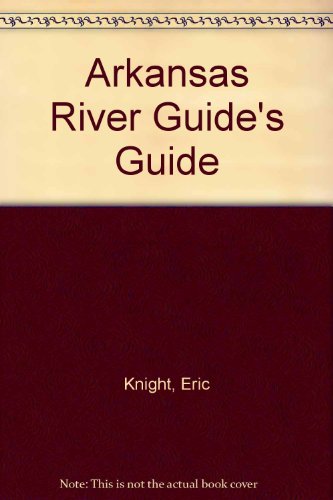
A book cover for Arkansas River Guide's Guide; Eric Knight; Sports & Outdoors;